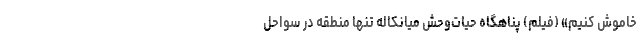
خاموش کنیم» (فیلم) پناهگاه حیات‌وحش میانکاله‌ تنها منطقه‌ در سواحل